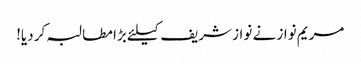
مریم نواز نے نواز شریف کیلئے بڑا مطالبہ کر دیا!